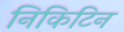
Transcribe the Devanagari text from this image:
निकिटिन